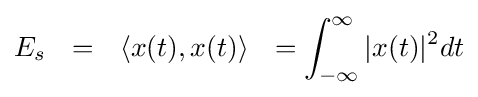
E_{s}\ \ =\ \ \langle x(t),x(t)\rangle \ \ =\int _{-\infty }^{\infty }{|x(t)|^{2}}dt